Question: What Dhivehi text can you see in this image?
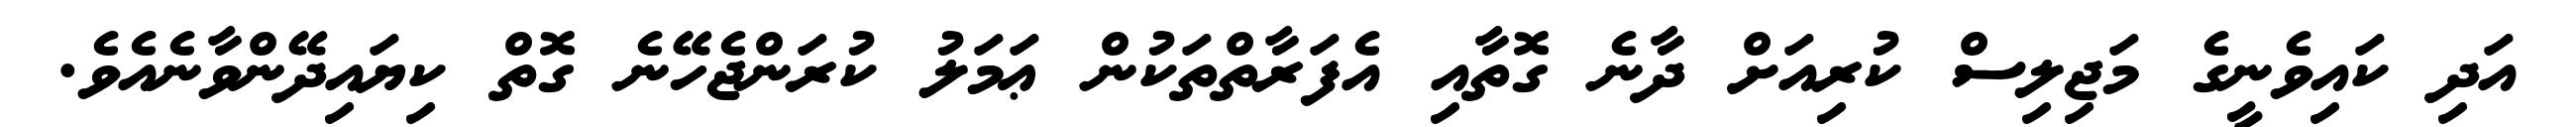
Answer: އަދި ކައިވެނީގެ މަޖިލިސް ކުރިއަށް ދާނެ ގޮތާއި އެފަރާތްތަކުން ޢަމަލު ކުރަންޖެހޭނެ ގޮތް ކިޔައިދޭންވާނެއެވެ.